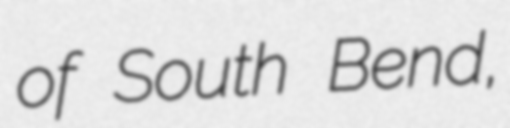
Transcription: of South Bend,